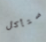
ستأكل